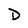
Character: D